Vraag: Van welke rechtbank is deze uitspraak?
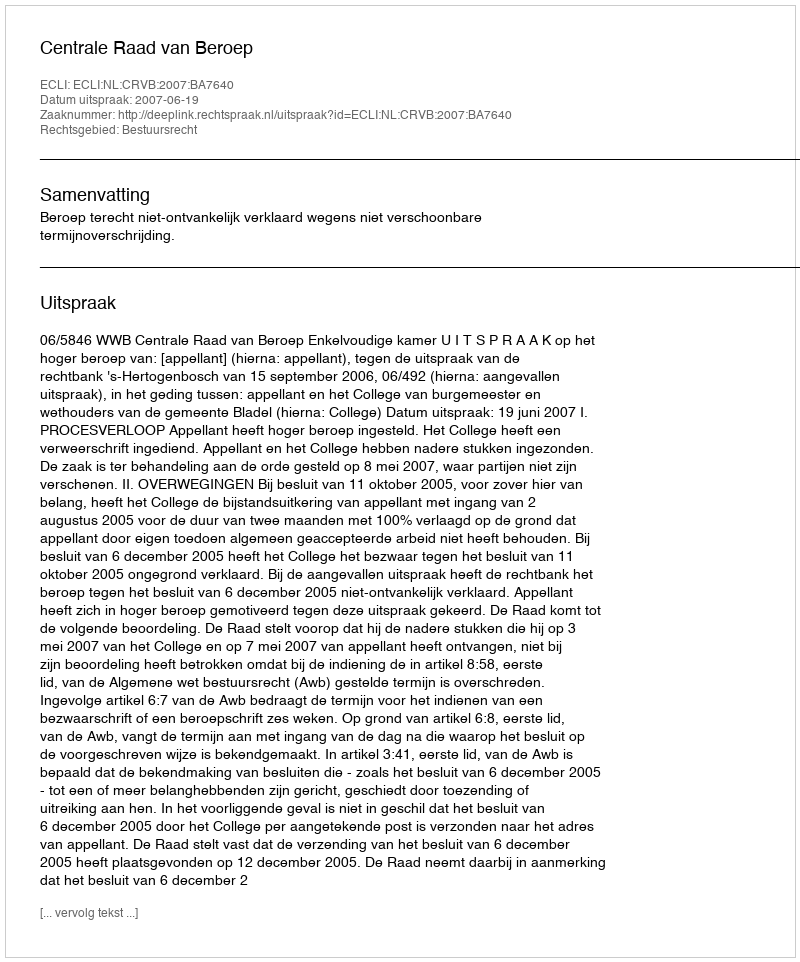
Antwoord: Centrale Raad van Beroep